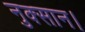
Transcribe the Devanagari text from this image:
नुक्सान।